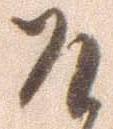
そ